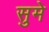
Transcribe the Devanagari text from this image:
सुमे